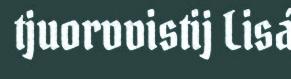
tjuorvvistij Lisá